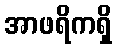
အာဖရိကရှိ